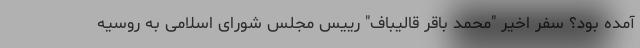
آمده بود؟ سفر اخیر "محمد باقر قالیباف" رییس مجلس شورای اسلامی به روسیه